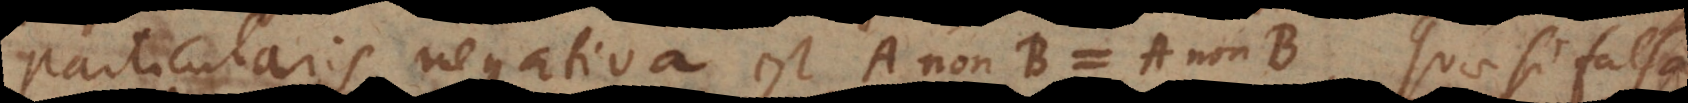
particularis negativa est A non‐B = A non‐B. Quae si falsa